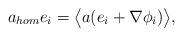
LaTeX: \begin{align*}a_{hom} e_i = \big\langle a(e_i+\nabla \phi_i) \big\rangle,\end{align*}